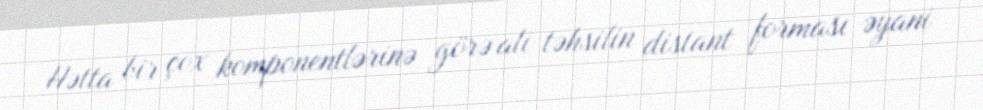
Hətta bir çox komponentlərinə görə ali təhsilin distant forması əyani